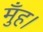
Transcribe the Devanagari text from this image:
मुँह।